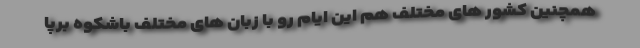
همچنین کشور های مختلف هم این ایام رو با زبان های مختلف باشکوه برپا